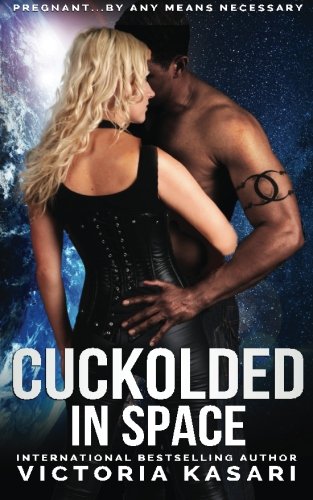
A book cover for Cuckolded in Space; Victoria Kasari; Romance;